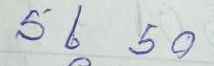
56 - 50